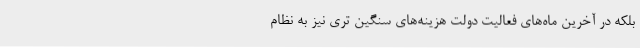
بلکه در آخرین ماه‌های فعالیت دولت هزینه‌های سنگین تری نیز به نظام